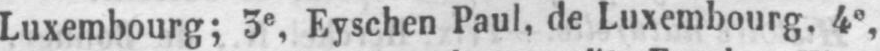
Luxembourg; 3e, Eyschen Paul, de Luxembourg. 4e,